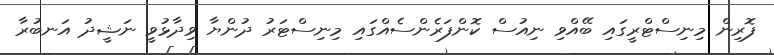
ފޮރިން މިނިސްޓްރީގައި ބޭއްވި ނިއުސް ކޮންފަރެންސެއްގައި މިނިސްޓަރު ދުންޔާ ވިދާޅުވީ ނަޝީދު އަނބުރާ